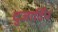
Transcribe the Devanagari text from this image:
दुजार्दिन